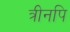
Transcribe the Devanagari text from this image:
त्रीनपि